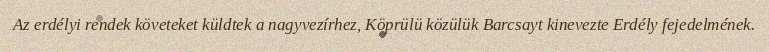
Az erdélyi rendek követeket küldtek a nagyvezírhez, Köprülü közülük Barcsayt kinevezte Erdély fejedelmének.